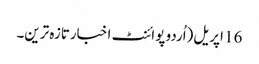
16 اپریل(اُردو پوائنٹ اخبارتازہ ترین۔